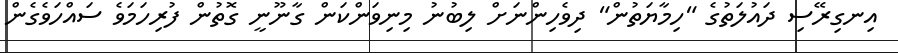
އިނގިރޭސި ދައުލަތުގެ "ހިމާޔަތުން" ދިވެހިންނަށް ލިބުނު މިނިވަންކަން ގާނޫނީ ގޮތުން ފުރިހަމަވެ ސައްހަވެގެން